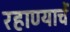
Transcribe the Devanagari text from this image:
रहाण्याचें